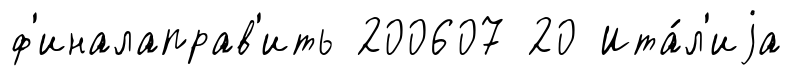
ф'иналаправ'ить 200607 20 Ита́л'иjа